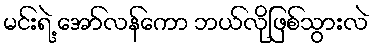
မင်းရဲ့ အော်လန်ကော ဘယ်လိုဖြစ်သွားလဲ